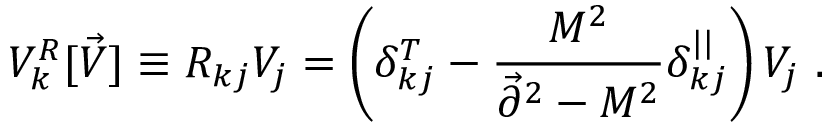
V _ { k } ^ { R } [ \vec { V } ] \equiv R _ { k j } V _ { j } = \left( \delta _ { k j } ^ { T } - { \frac { M ^ { 2 } } { \vec { \partial } ^ { 2 } - M ^ { 2 } } } \delta _ { k j } ^ { | | } \right) V _ { j } ~ .